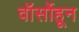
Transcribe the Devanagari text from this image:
वॉर्सोहून